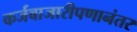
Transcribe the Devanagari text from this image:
कर्जबाजारीपणानंतर